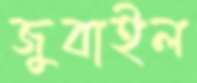
জুবাইল